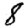
Digit: 8